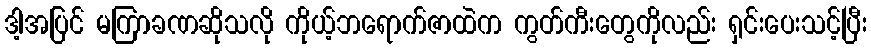
ဒါ့အပြင် မကြာခဏဆိုသလို ကိုယ့်ဘရောက်ဇာထဲက ကွတ်ကီးတွေကိုလည်း ရှင်းပေးသင့်ပြီး